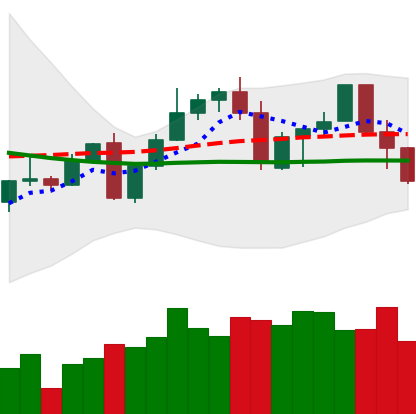
Ticker: LINK-USD
Chart end date: 2022-09-20
Forward return: 14.208%
Label: up_7plus